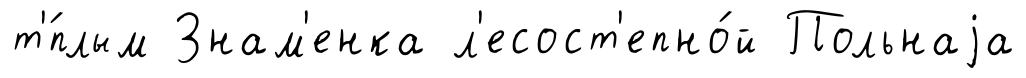
т'́плым Знам'енка л'есост'епно́й Польнаjа